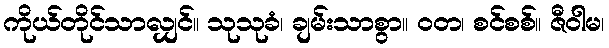
ကိုယ်တိုင်သာလျှင်။ သုသုခံ၊ ချမ်းသာစွာ။ ဝတ၊ စင်စစ်။ ဇီဝါမ၊